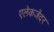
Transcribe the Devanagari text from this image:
एलेकजेंदर